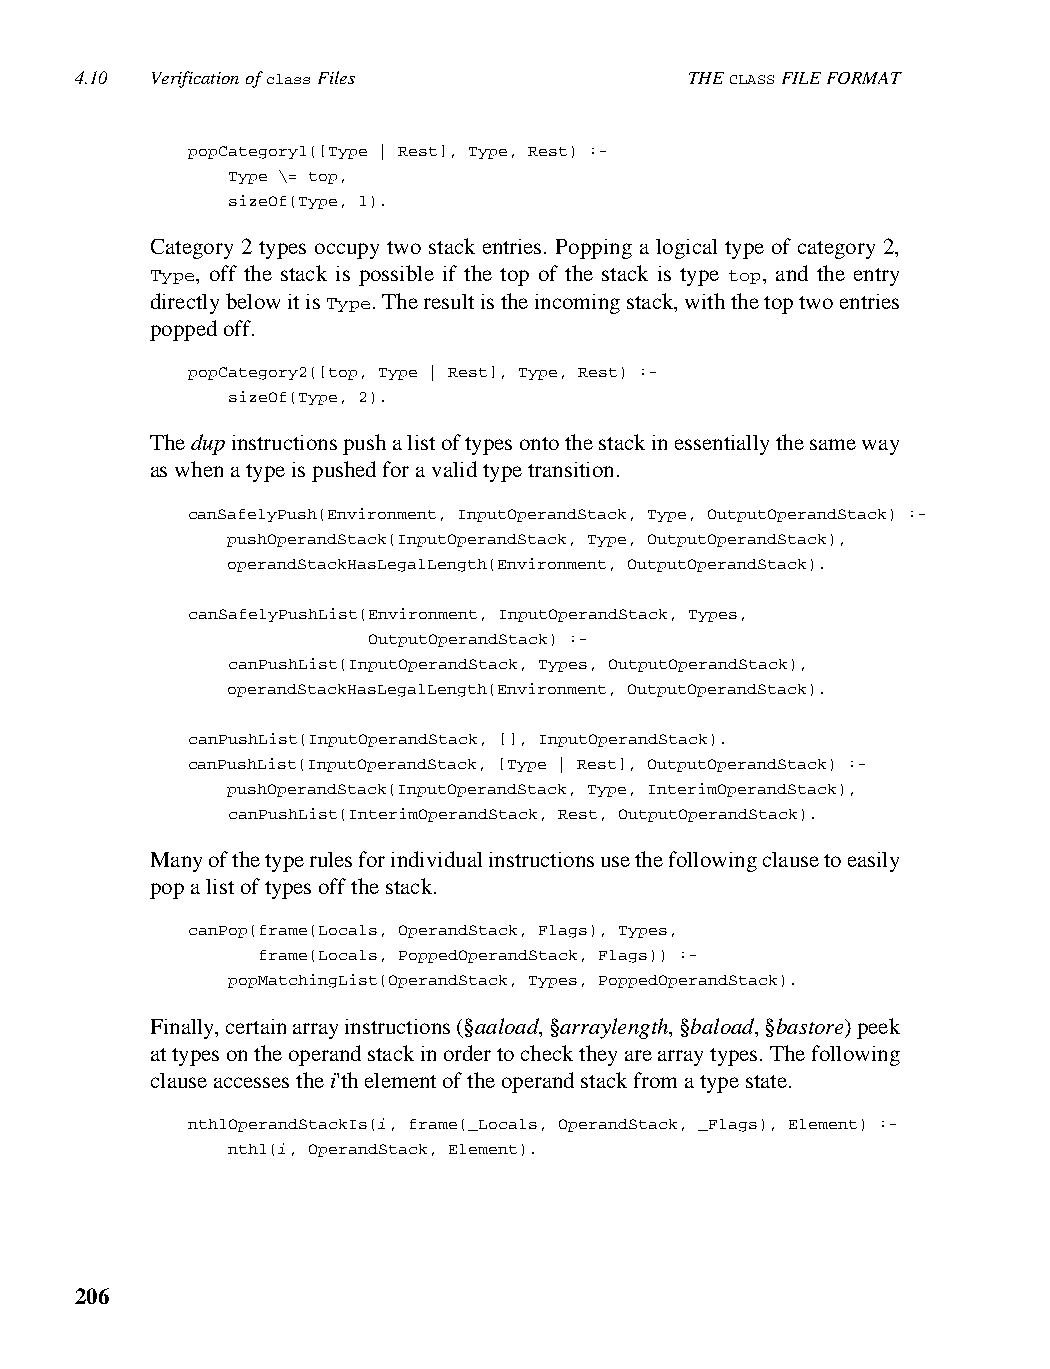
4.10 Verification of class Files         THE CLASS FILE FORMAT
 popCategory1([Type | Rest], Type, Rest) :-
 Type \= top,
 sizeOf(Type, 1).
 Category 2 types occupy two stack entries. Popping a logical type of category 2,
 Type, off the stack is possible if the top of the stack is type top, and the entry
 directly below it is Type. The result is the incoming stack, with the top two entries
 popped off.
 popCategory2([top, Type | Rest], Type, Rest) :-
 sizeOf(Type, 2).
 The dup instructions push a list of types onto the stack in essentially the same way
 as when a type is pushed for a valid type transition.
 canSafelyPush(Environment, InputOperandStack, Type, OutputOperandStack) :-
 pushOperandStack(InputOperandStack, Type, OutputOperandStack),
 operandStackHasLegalLength(Environment, OutputOperandStack).
 canSafelyPushList(Environment, InputOperandStack, Types,
 OutputOperandStack) :-
 canPushList(InputOperandStack, Types, OutputOperandStack),
 operandStackHasLegalLength(Environment, OutputOperandStack).
 canPushList(InputOperandStack, [], InputOperandStack).
 canPushList(InputOperandStack, [Type | Rest], OutputOperandStack) :-
 pushOperandStack(InputOperandStack, Type, InterimOperandStack),
 canPushList(InterimOperandStack, Rest, OutputOperandStack).
 Many of the type rules for individual instructions use the following clause to easily
 pop a list of types off the stack.
 canPop(frame(Locals, OperandStack, Flags), Types,
 frame(Locals, PoppedOperandStack, Flags)) :-
 popMatchingList(OperandStack, Types, PoppedOperandStack).
 Finally, certain array instructions (§aaload, §arraylength, §baload, §bastore) peek
 at types on the operand stack in order to check they are array types. The following
 clause accesses the i'th element of the operand stack from a type state.
 nth1OperandStackIs(i, frame(_Locals, OperandStack, _Flags), Element) :-
 nth1(i, OperandStack, Element).
 206